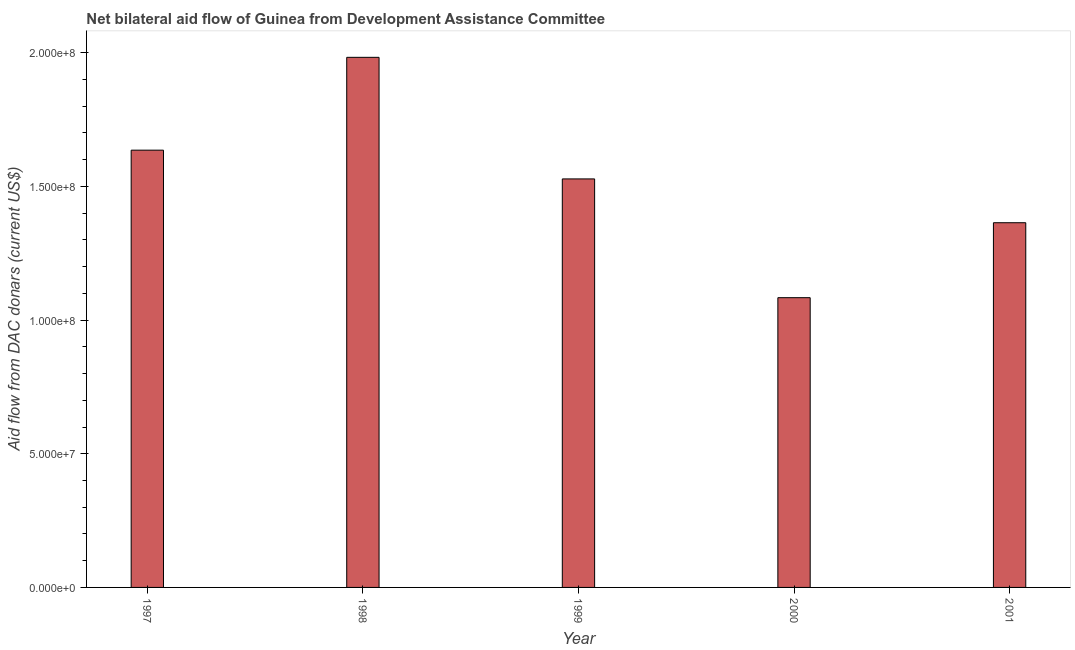
| Year | Net bilateral aid flows from DAC donors |
 | --- | --- |
 | 1997 | 1.64e+08 |
 | 1998 | 1.98e+08 |
 | 1999 | 1.53e+08 |
 | 2000 | 1.08e+08 |
 | 2001 | 1.36e+08 |